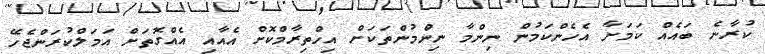
ކުރާނެ ބައެއް ކަމަށާ އެހެންކަމުން ނިންމާ ނިންމުންތަކަށް އިހްތިރާމްކޮށް އެއާއި އެއްގޮތަށް އަމަލްކުރަންޖެހޭ